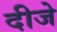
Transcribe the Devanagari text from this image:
दीजे